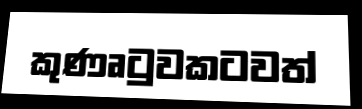
කුණෘටුවකටවත්